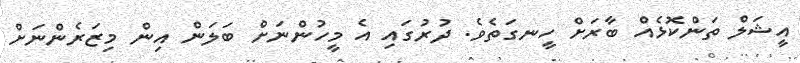
އީޝަލް ތަންކޮޅެއް ބާރަށް ހީނގަތެވެ. ދުރުގައި އެ މީހުންނަށް ބަލަން އިން މިޒަރެންނަށް